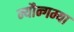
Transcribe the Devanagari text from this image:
म्यौन्गम्या